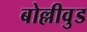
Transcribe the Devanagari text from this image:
बोल्लीवुड